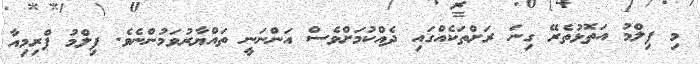
މި ފިލްމު އަތޮޅުތެރޭ ގިނަ ރަށްތަކެއްގައި ދެއްކުމަށްވެސް އަންނަނީ ތައްޔާރުވަމުންނެވެ. ފިލްމު ޕްރިމިއާ